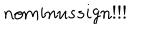
n o m i n u s s i g n ! ! !